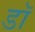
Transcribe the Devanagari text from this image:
डॉ